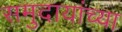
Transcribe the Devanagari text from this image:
समुदायांच्या